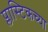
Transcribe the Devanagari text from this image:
प्लास्टिकच्या